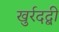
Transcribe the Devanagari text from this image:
खुर्रदद्बी